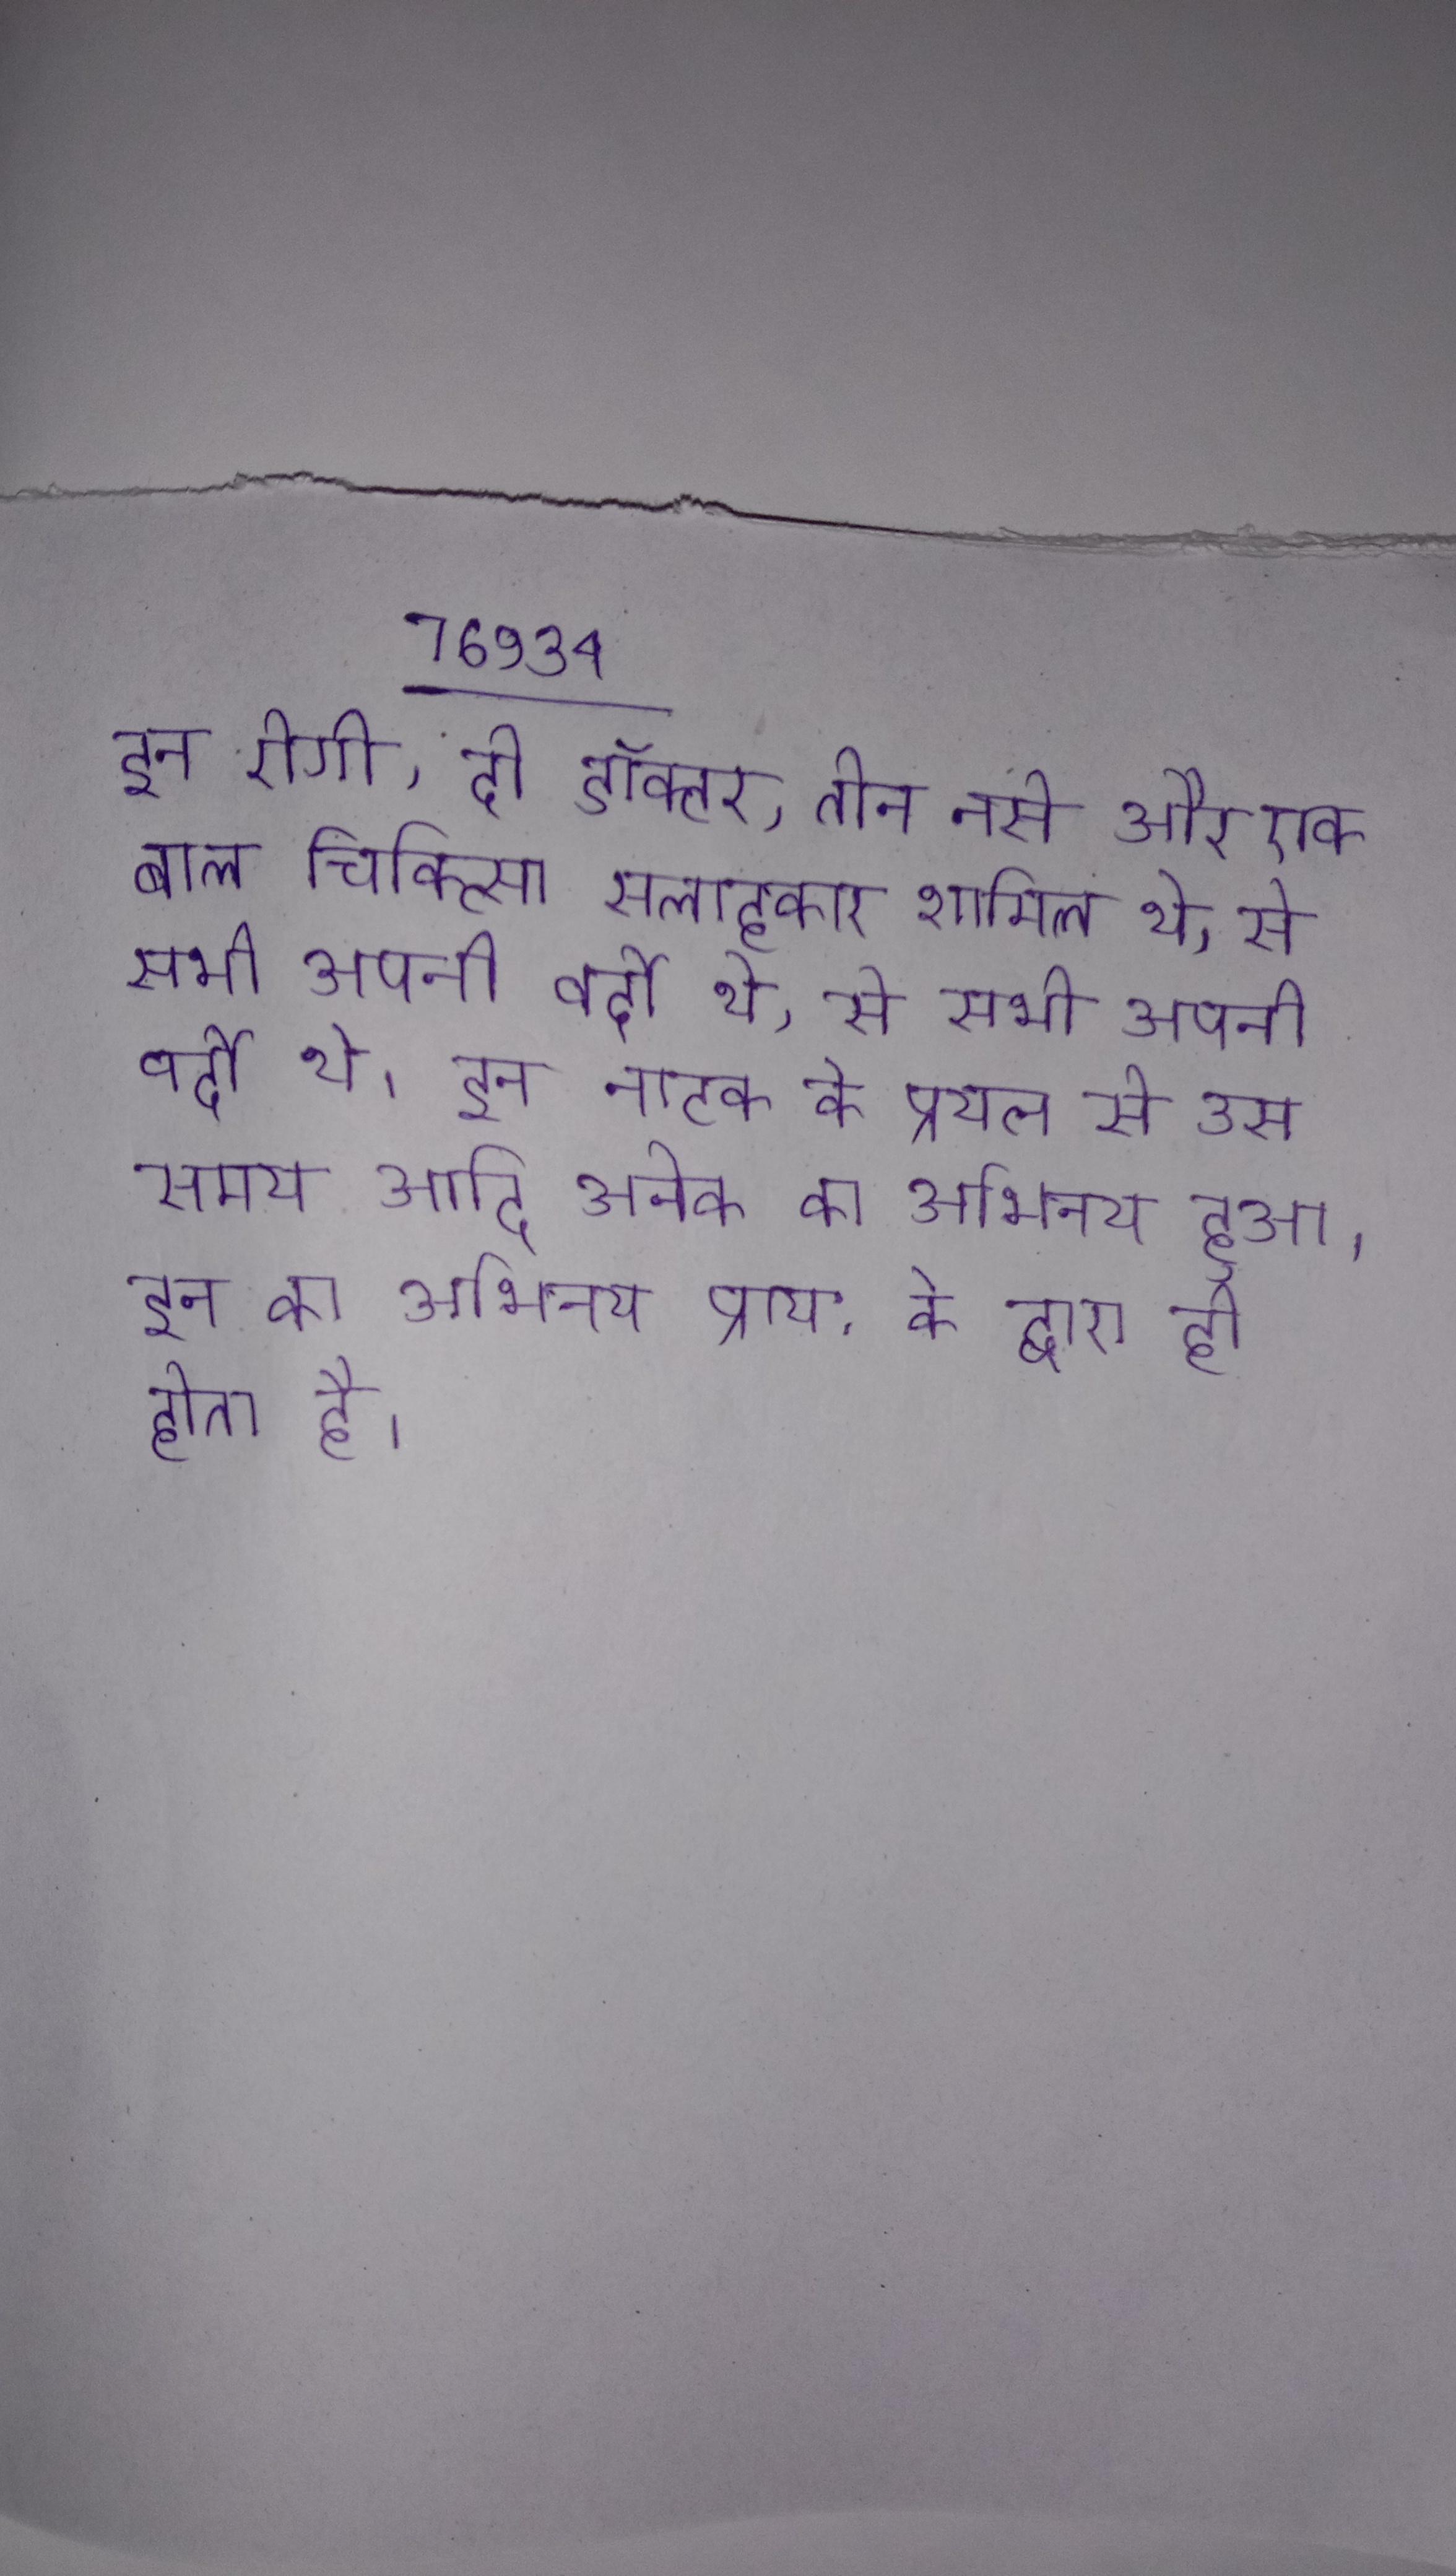
इन रोगी, दो डॉक्टर, तीन नर्स और एक बाल चिकित्सा सलाहकार शामिल थे, से सभी अपनी वर्दी थे । इन नाटक के प्रयत्न से उस समय आदि अनेक का अभिनय हुआ । इन का अभिनय प्राय: के द्वारा ही होता है ।